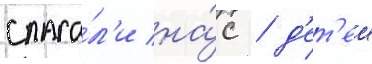
спаса́л'и на́с / д'ет'еи